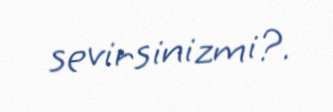
sevirsinizmi?.